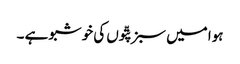
ہوا میں سبز پتّوں کی خوشبو ہے ۔